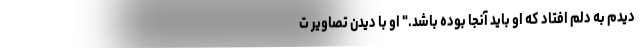
دیدم به دلم افتاد که او باید آنجا بوده باشد." او با دیدن تصاویر ت